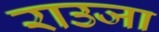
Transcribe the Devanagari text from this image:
राउजा